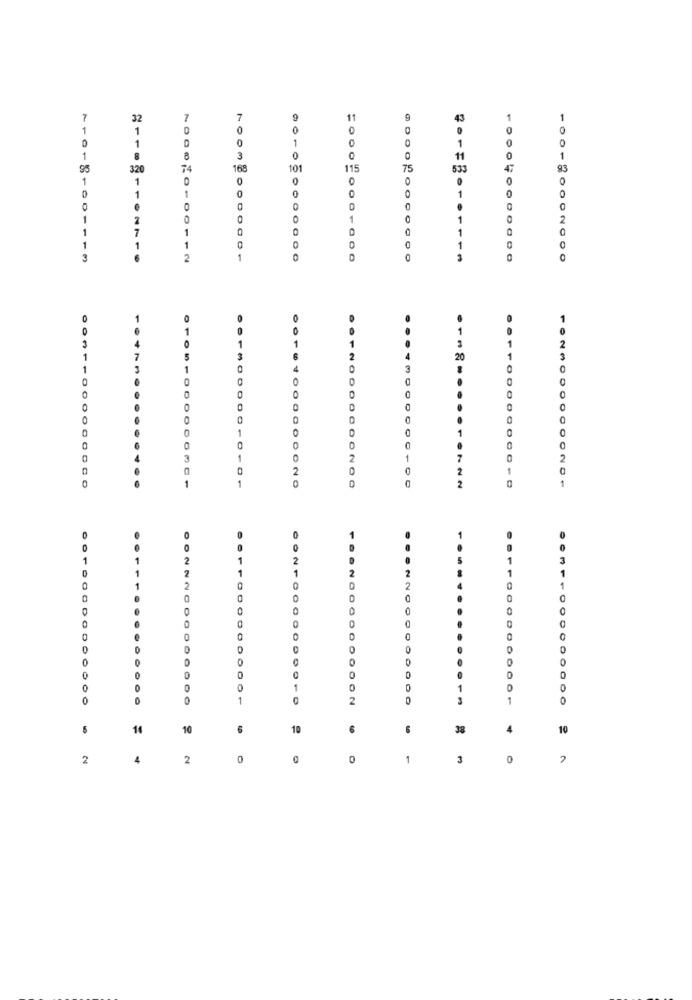
7
7
7
11
43
1
1
1
0
0
0
0
0
1
1
1
1
8
3
0
0
11
0
95
120
74
168
101
115
1
0
1
0
1
0
1
0
0
1
0
1
2
7
0
1
1
1
1
0
112
0000000
3
1
3
1.47
20
3
D
0
0
1
0
7
2
2
0
0040000000-D0
2
1
001640000000NO
1
1
1
3
1
4
1
0
0
1
0
3
O
5
14
10
6
10
6
6
38
4
10
2
4
2
0
0
1
3
0